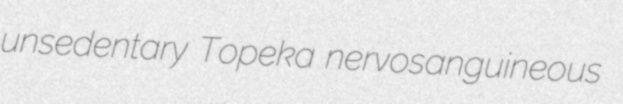
unsedentary Topeka nervosanguineous